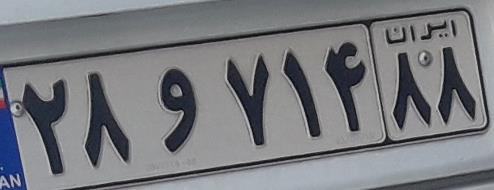
۲۸و۷۱۴۸۸